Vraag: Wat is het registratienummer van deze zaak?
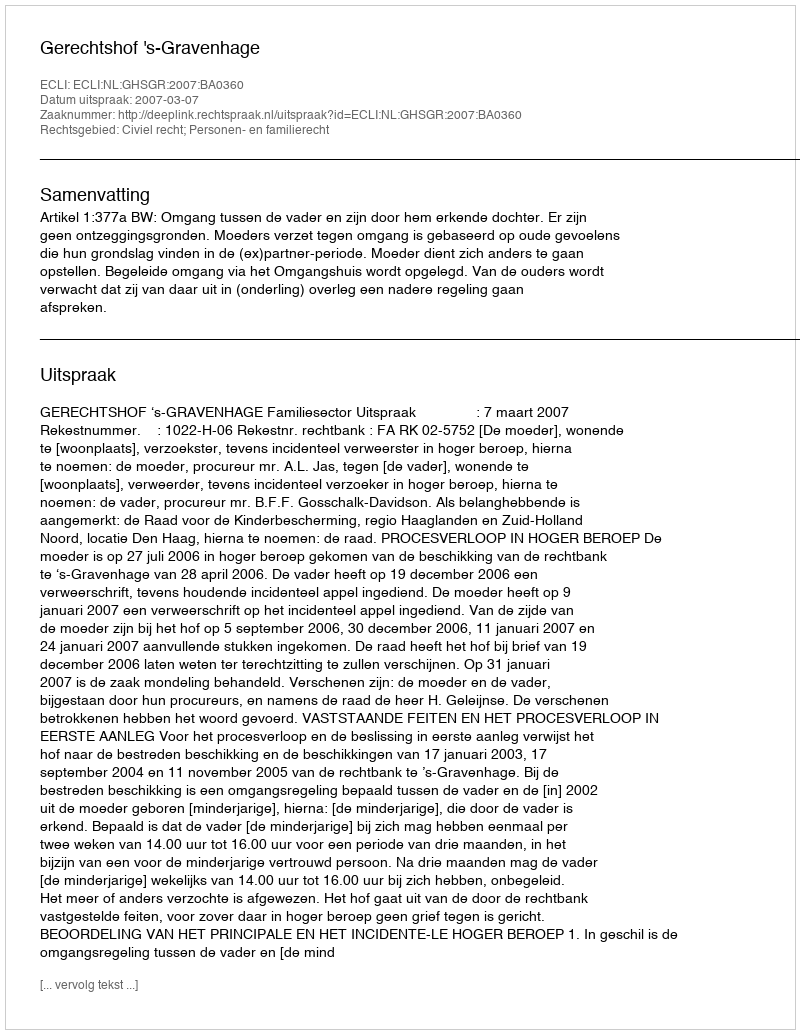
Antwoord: http://deeplink.rechtspraak.nl/uitspraak?id=ECLI:NL:GHSGR:2007:BA0360